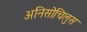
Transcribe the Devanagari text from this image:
अनिसोचिलुस